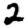
Digit: 2